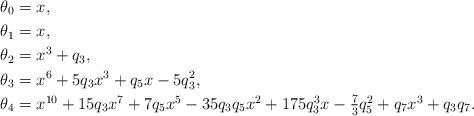
LaTeX: \begin{align*}\theta_0 &= x,\\\theta_1 &= x,\\\theta_2 &= x^3 + q_3,\\\theta_3 &= x^6 + 5q_3x^3 + q_5x - 5q_3^2,\\\theta_4 &=\textstyle x^{10} + 15q_3x^7 + 7q_5x^5 - 35q_3q_5x^2 + 175q_3^3x - \frac{7}{3}q_5^2 + q_7x^3 + q_3q_7.\end{align*}